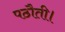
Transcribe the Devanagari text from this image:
पठौती।